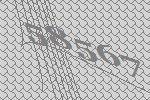
58567